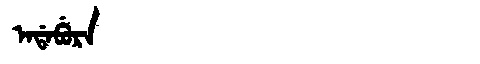
Manchu: ᠠᡩᠠᠪᡠᡵᠠ
Romanization: ADABURA